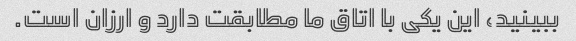
ببینید، این یکی با اتاق ما مطابقت دارد و ارزان است.